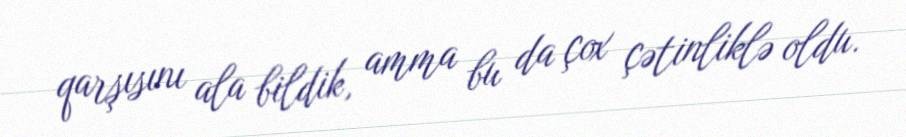
qarşısını ala bildik, amma bu da çox çətinliklə oldu.